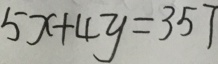
5 x + 4 y = 3 5 7